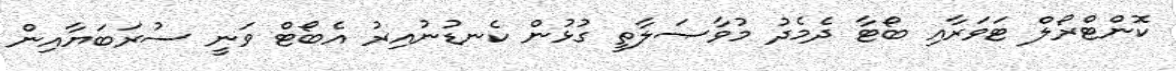
ކޮންޓްރޯލް ޓަވަރާއި ބޯޓާ ދެމެދު މުވާޞަލާތީ ގުޅުން ކެނޑުނުއިރު އެބޯޓް ވަނީ ސުރަބަޔާއިން